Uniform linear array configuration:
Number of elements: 8
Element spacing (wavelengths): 0.75
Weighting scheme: blackman
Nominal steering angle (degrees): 45
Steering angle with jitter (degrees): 43.814
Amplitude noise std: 0.05
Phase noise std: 0.05

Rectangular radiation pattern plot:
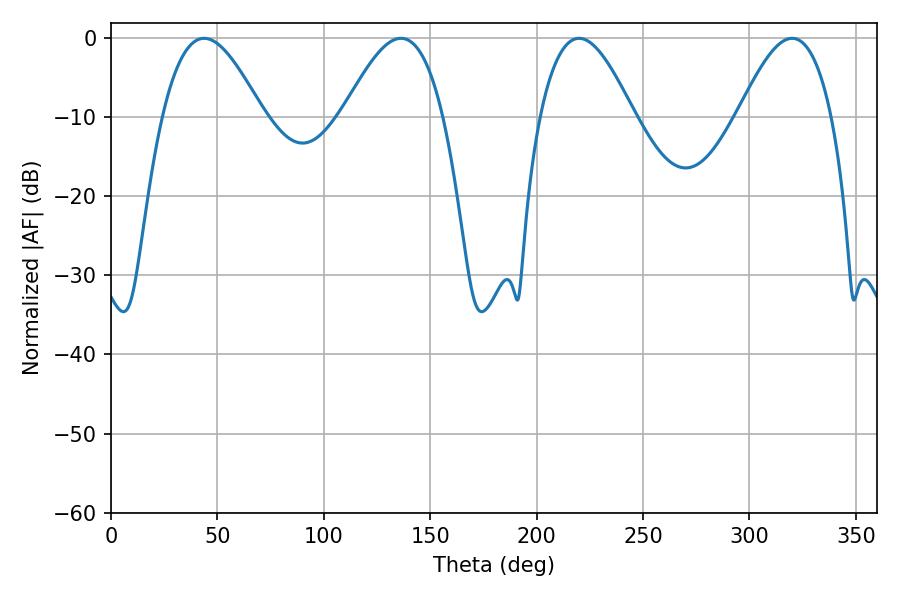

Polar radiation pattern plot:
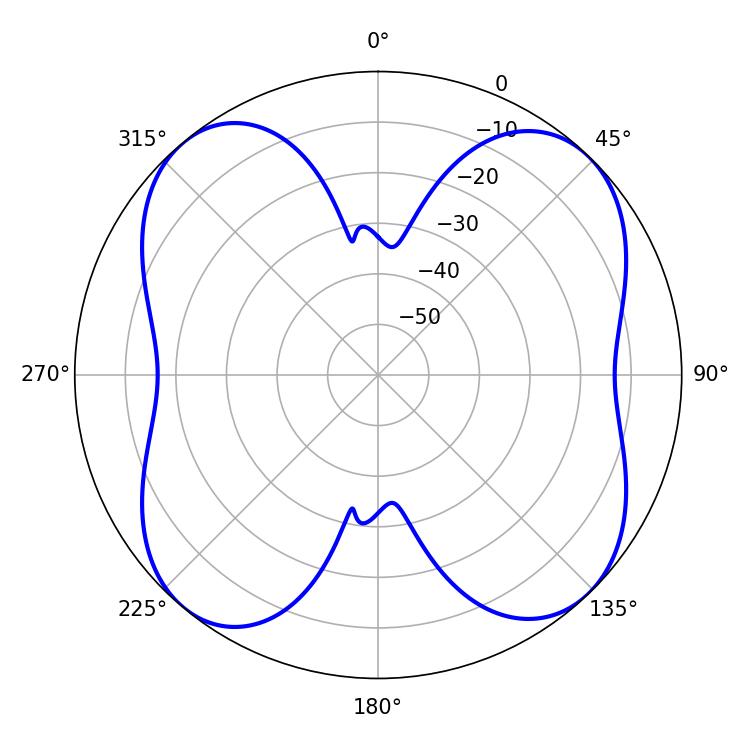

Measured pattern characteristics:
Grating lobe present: TRUE
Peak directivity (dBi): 13.28
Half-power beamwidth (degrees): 25.56
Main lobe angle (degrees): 43.74